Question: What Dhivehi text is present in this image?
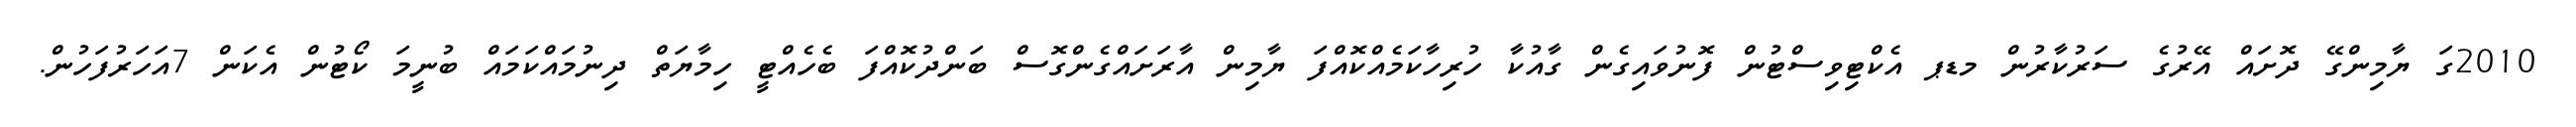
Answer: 2010ގަ ޔާމިންގޭ ދޮށައް އޭރުގެ ސަރުކާރުން މޑޕ އެކްޓިވިސްޓުން ފޮނުވައިގެން ގާއުކާ ހުރިހާކަމެއްކޮއްފަ ޔާމިން އާރަށައްގެންގޮސް ބަންދުކޮއްފަ ބެހެއްޓީ ހިމާޔަތް ދިނުމައްކަމައް ބުނީމަ ކޯޓުން އެކަން 7އަހަރުފަހުން.